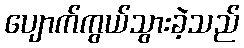
ပျောက်ကွယ်သွားခဲ့သည်